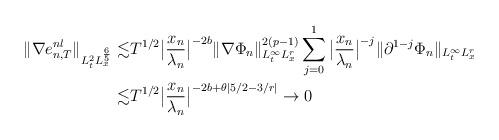
LaTeX: \begin{align*} \|\nabla e_{n,T}^{nl}\|_{L_t^{2}L_x^{\frac65}}\lesssim& T^{1/2}\big|\frac{x_n}{\lambda_n}\big|^{-2b}\|\nabla \Phi_n\|_{L_t^\infty L_x^r}^{2(p-1)}\sum_{j=0}^{1}\big|\frac{x_n}{\lambda_n}\big|^{-j}\|\partial^{1-j}\Phi_n\|_{L_t^\infty L_x^r}\\ \lesssim& T^{1/2}\big|\frac{x_n}{\lambda_n}\big|^{-2b+\theta|5/2-3/r|}\to0\end{align*}